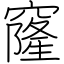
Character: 窿